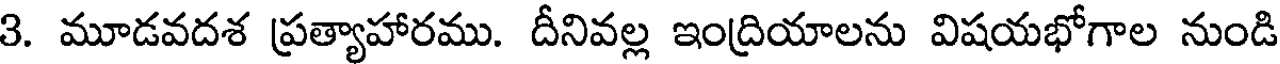
3. మూడవదశ ప్రత్యాహారము. దీనివల్ల ఇంద్రియాలను విషయభోగాల నుండి